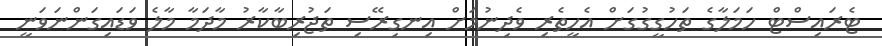
ޓެރައިސްޓް ހަމަލާގެ ތަހުގީގުގަށް އެހީތެރި ވެދިނުމަށް އިނގިރޭސި ތަޖުރިބާކާރު މާދަމާ މާލެ ވަޑައިގަންނަވަނީ